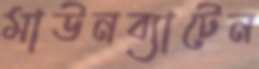
মাউনব্যাটেন